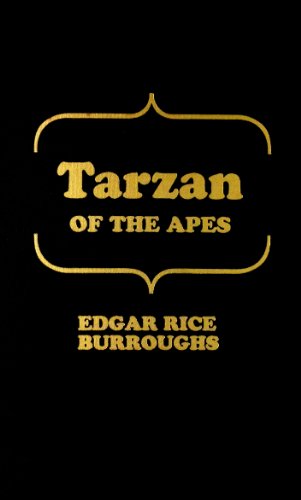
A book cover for Tarzan of the Apes; Edgar Rice Burroughs; Romance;